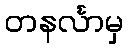
တနင်္လာမှ